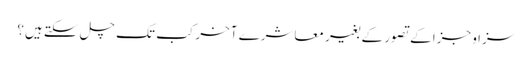
سزا و جزا کے تصور کے بغیر معاشرے آخر کب تک چل سکتے ہیں؟